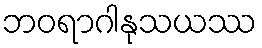
ဘဝရာဂါနုသယဿ